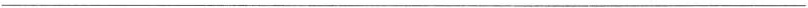
___